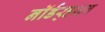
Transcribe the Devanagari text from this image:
नॉर्डर्‍हाइन